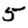
Digit: 5